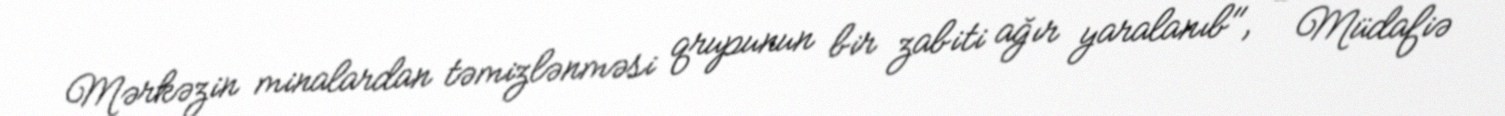
Mərkəzin minalardan təmizlənməsi qrupunun bir zabiti ağır yaralanıb", - Müdafiə